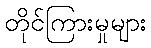
တိုင်ကြားမှုများ